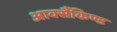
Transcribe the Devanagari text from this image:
आर्क्सैकिण्ड